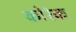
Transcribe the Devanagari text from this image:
कोरेक